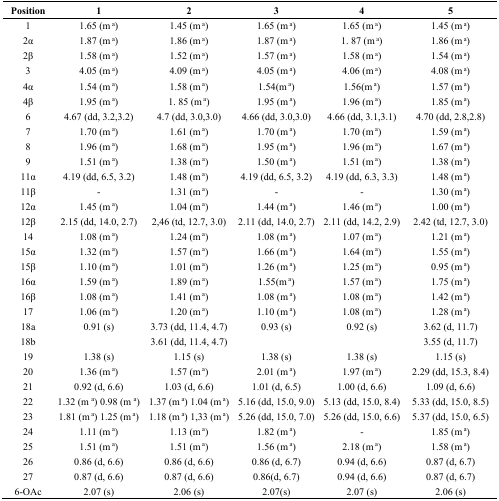
<table><thead><tr><td><b>Position</b></td><td><b>1</b></td><td><b>2</b></td><td><b>3</b></td><td><b>4</b></td><td><b>5</b></td></tr></thead><tbody><tr><td>1</td><td>1.65 (m <sup>a</sup>)</td><td>1.45 (m <sup>a</sup>)</td><td>1.65 (m <sup>a</sup>)</td><td>1.65 (m <sup>a</sup>)</td><td>1.45 (m <sup>a</sup>)</td></tr><tr><td>2α</td><td>1.87 (m <sup>a</sup>)</td><td>1.86 (m <sup>a</sup>)</td><td>1.87 (m <sup>a</sup>)</td><td>1. 87 (m <sup>a</sup>)</td><td>1.86 (m <sup>a</sup>)</td></tr><tr><td>2β</td><td>1.58 (m <sup>a</sup>)</td><td>1.52 (m <sup>a</sup>)</td><td>1.57 (m <sup>a</sup>)</td><td>1.58 (m <sup>a</sup>)</td><td>1.54 (m <sup>a</sup>)</td></tr><tr><td>3</td><td>4.05 (m <sup>a</sup>)</td><td>4.09 (m <sup>a</sup>)</td><td>4.05 (m <sup>a</sup>)</td><td>4.06 (m <sup>a</sup>)</td><td>4.08 (m <sup>a</sup>)</td></tr><tr><td>4α</td><td>1.54 (m <sup>a</sup>)</td><td>1.58 (m <sup>a</sup>)</td><td>1.54(m <sup>a</sup>)</td><td>1.56(m <sup>a</sup>)</td><td>1.57 (m <sup>a</sup>)</td></tr><tr><td>4β</td><td>1.95 (m <sup>a</sup>)</td><td>1. 85 (m <sup>a</sup>)</td><td>1.95 (m <sup>a</sup>)</td><td>1.96 (m <sup>a</sup>)</td><td>1.85 (m <sup>a</sup>)</td></tr><tr><td>6</td><td>4.67 (dd, 3.2,3.2)</td><td>4.7 (dd, 3.0,3.0)</td><td>4.66 (dd, 3.0,3.0)</td><td>4.66 (dd, 3.1,3.1)</td><td>4.70 (dd, 2.8,2.8)</td></tr><tr><td>7</td><td>1.70 (m <sup>a</sup>)</td><td>1.61 (m <sup>a</sup>)</td><td>1.70 (m <sup>a</sup>)</td><td>1.70 (m <sup>a</sup>)</td><td>1.59 (m <sup>a</sup>)</td></tr><tr><td>8</td><td>1.96 (m <sup>a</sup>)</td><td>1.68 (m <sup>a</sup>)</td><td>1.95 (m <sup>a</sup>)</td><td>1.96 (m <sup>a</sup>)</td><td>1.67 (m <sup>a</sup>)</td></tr><tr><td>9</td><td>1.51 (m <sup>a</sup>)</td><td>1.38 (m <sup>a</sup>)</td><td>1.50 (m <sup>a</sup>)</td><td>1.51 (m <sup>a</sup>)</td><td>1.38 (m <sup>a</sup>)</td></tr><tr><td>11α</td><td>4.19 (dd, 6.5, 3.2)</td><td>1.48 (m <sup>a</sup>)</td><td>4.19 (dd, 6.5, 3.2)</td><td>4.19 (dd, 6.3, 3.3)</td><td>1.48 (m <sup>a</sup>)</td></tr><tr><td>11β</td><td>-</td><td>1.31 (m <sup>a</sup>)</td><td>-</td><td>-</td><td>1.30 (m <sup>a</sup>)</td></tr><tr><td>12α</td><td>1.45 (m <sup>a</sup>) </td><td>1.04 (m <sup>a</sup>)</td><td>1.44 (m <sup>a</sup>)</td><td>1.46 (m <sup>a</sup>)</td><td>1.00 (m <sup>a</sup>) </td></tr><tr><td>12β</td><td>2.15 (dd, 14.0, 2.7)</td><td>2,46 (td, 12.7, 3.0)</td><td>2.11 (dd, 14.0, 2.7)</td><td>2.11 (dd, 14.2, 2.9)</td><td>2.42 (td, 12.7, 3.0)</td></tr><tr><td>14</td><td>1.08 (m <sup>a</sup>)</td><td>1.24 (m <sup>a</sup>)</td><td>1.08 (m <sup>a</sup>)</td><td>1.07 (m <sup>a</sup>)</td><td>1.21 (m <sup>a</sup>)</td></tr><tr><td>15α</td><td>1.32 (m <sup>a</sup>)</td><td>1.57 (m <sup>a</sup>)</td><td>1.66 (m <sup>a</sup>)</td><td>1.64 (m <sup>a</sup>)</td><td>1.55 (m <sup>a</sup>)</td></tr><tr><td>15β</td><td>1.10 (m <sup>a</sup>)</td><td>1.01 (m <sup>a</sup>)</td><td>1.26 (m <sup>a</sup>)</td><td>1.25 (m <sup>a</sup>)</td><td>0.95 (m <sup>a</sup>)</td></tr><tr><td>16α</td><td>1.59 (m <sup>a</sup>)</td><td>1.89 (m <sup>a</sup>)</td><td>1.55(m <sup>a</sup>)</td><td>1.57 (m <sup>a</sup>)</td><td>1.75 (m <sup>a</sup>)</td></tr><tr><td>16β</td><td>1.08 (m <sup>a</sup>)</td><td>1.41 (m <sup>a</sup>)</td><td>1.08 (m <sup>a</sup>)</td><td>1.08 (m <sup>a</sup>)</td><td>1.42 (m <sup>a</sup>)</td></tr><tr><td>17</td><td>1.06 (m <sup>a</sup>)</td><td>1.20 (m <sup>a</sup>)</td><td>1.10 (m <sup>a</sup>)</td><td>1.08 (m <sup>a</sup>)</td><td>1.28 (m <sup>a</sup>)</td></tr><tr><td>18a</td><td>0.91 (s)</td><td>3.73 (dd, 11.4, 4.7) </td><td>0.93 (s)</td><td>0.92 (s)</td><td>3.62 (d, 11.7)</td></tr><tr><td>18b</td><td></td><td>3.61 (dd, 11.4, 4.7)</td><td></td><td></td><td>3.55 (d, 11.7)</td></tr><tr><td>19</td><td>1.38 (s)</td><td>1.15 (s)</td><td>1.38 (s)</td><td>1.38 (s)</td><td>1.15 (s)</td></tr><tr><td>20</td><td>1.36 (m <sup>a</sup>)</td><td>1.57 (m <sup>a</sup>)</td><td>2.01 (m <sup>a</sup>)</td><td>1.97 (m <sup>a</sup>)</td><td>2.29 (dd, 15.3, 8.4)</td></tr><tr><td>21</td><td>0.92 (d, 6.6)</td><td>1.03 (d, 6.6)</td><td>1.01 (d, 6.5)</td><td>1.00 (d, 6.6)</td><td>1.09 (d, 6.6)</td></tr><tr><td>22</td><td>1.32 (m <sup>a</sup>) 0.98 (m <sup>a</sup>)</td><td>1.37 (m <sup>a</sup>) 1.04 (m <sup>a</sup>)</td><td>5.16 (dd, 15.0, 9.0)</td><td>5.13 (dd, 15.0, 8.4)</td><td>5.33 (dd, 15.0, 8.5)</td></tr><tr><td>23</td><td>1.81 (m <sup>a</sup>) 1.25 (m <sup>a</sup>)</td><td>1.18 (m <sup>a</sup>) 1,33 (m <sup>a</sup>)</td><td>5.26 (dd, 15.0, 7.0)</td><td>5.26 (dd, 15.0, 6.6)</td><td>5.37 (dd, 15.0, 6.5)</td></tr><tr><td>24</td><td>1.11 (m <sup>a</sup>)</td><td>1.13 (m <sup>a</sup>)</td><td>1.82 (m <sup>a</sup>)</td><td>-</td><td>1.85 (m <sup>a</sup>)</td></tr><tr><td>25</td><td>1.51 (m <sup>a</sup>)</td><td>1.51 (m <sup>a</sup>)</td><td>1.56 (m <sup>a</sup>)</td><td>2.18 (m <sup>a</sup>)</td><td>1.58 (m <sup>a</sup>)</td></tr><tr><td>26</td><td>0.86 (d, 6.6)</td><td>0.86 (d, 6.6)</td><td>0.86 (d, 6.7)</td><td>0.94 (d, 6.6)</td><td>0.87 (d, 6.7)</td></tr><tr><td>27</td><td>0.87 (d, 6.6)</td><td>0.87 (d, 6.6)</td><td>0.86(d, 6.7)</td><td>0.94 (d, 6.6)</td><td>0.87 (d, 6.7)</td></tr><tr><td>6-OAc</td><td>2.07 (s)</td><td>2.06 (s)</td><td>2.07(s)</td><td>2.07 (s)</td><td>2.06 (s)</td></tr></tbody></table>